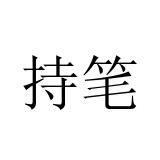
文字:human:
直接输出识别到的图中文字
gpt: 持笔